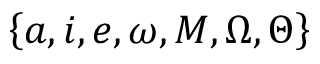
\left\{ a , i , e , \omega , M , \Omega , \Theta \right\}